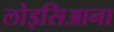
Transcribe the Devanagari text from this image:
लोइसिआना